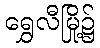
ရွှေလီမြို့၌